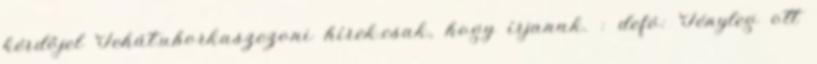
kérdőjel Tehát.uborkaszezoni hírek.csak, hogy írjanak. : defó: Tényleg ott